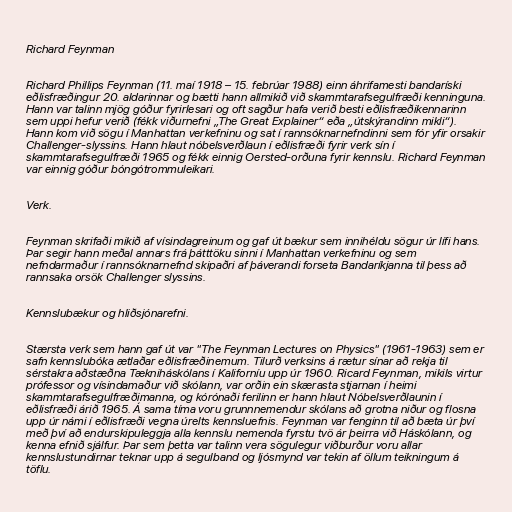
Richard Feynman

Richard Phillips Feynman (11. maí 1918 – 15. febrúar 1988) einn áhrifamesti bandaríski
eðlisfræðingur 20. aldarinnar og bætti hann allmikið við skammtarafsegulfræði kenninguna.
Hann var talinn mjög góður fyrirlesari og oft sagður hafa verið besti eðlisfræðikennarinn
sem uppi hefur verið (fékk viðurnefni „The Great Explainer“ eða „útskýrandinn mikli“).
Hann kom við sögu í Manhattan verkefninu og sat í rannsóknarnefndinni sem fór yfir orsakir
Challenger-slyssins. Hann hlaut nóbelsverðlaun í eðlisfræði fyrir verk sín í
skammtarafsegulfræði 1965 og fékk einnig Oersted-orðuna fyrir kennslu. Richard Feynman
var einnig góður bóngótrommuleikari.

Verk.

Feynman skrifaði mikið af vísindagreinum og gaf út bækur sem innihéldu sögur úr lífi hans.
Þar segir hann meðal annars frá þátttöku sinni í Manhattan verkefninu og sem
nefndarmaður í rannsóknarnefnd skipaðri af þáverandi forseta Bandaríkjanna til þess að
rannsaka orsök Challenger slyssins.

Kennslubækur og hliðsjónarefni.

Stærsta verk sem hann gaf út var "The Feynman Lectures on Physics" (1961-1963) sem er
safn kennslubóka ætlaðar eðlisfræðinemum. Tilurð verksins á rætur sínar að rekja til
sérstakra aðstæðna Tækniháskólans í Kaliforníu upp úr 1960. Ricard Feynman, mikils virtur
prófessor og vísindamaður við skólann, var orðin ein skærasta stjarnan í heimi
skammtarafsegulfræðimanna, og kórónaði ferilinn er hann hlaut Nóbelsverðlaunin í
eðlisfræði árið 1965. Á sama tíma voru grunnnemendur skólans að grotna niður og flosna
upp úr námi í eðlisfræði vegna úrelts kennsluefnis. Feynman var fenginn til að bæta úr því
með því að endurskipuleggja alla kennslu nemenda fyrstu tvö ár þeirra við Háskólann, og
kenna efnið sjálfur. Þar sem þetta var talinn vera sögulegur viðburður voru allar
kennslustundirnar teknar upp á segulband og ljósmynd var tekin af öllum teikningum á
töflu.